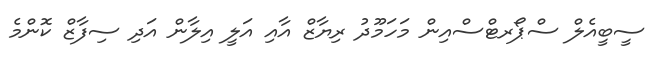
ސީބީއެލް ސްޕޯރޓްސްއިން މަހަމޫދު ރިޔާޒް އާއި އަލީ އިލާން އަދި ސިފާޒް ކޮންމެ